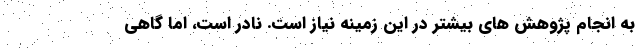
به انجام پژوهش های بیشتر در این زمینه نیاز است. نادر است، اما گاهی